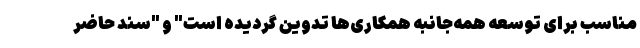
مناسب برای توسعه همه‌جانبه همکاری‌ها تدوین گردیده است" و "سند حاضر